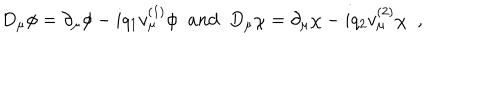
LaTeX: D _ { \mu } \phi = \partial _ { \mu } \phi - i q _ { 1 } v _ { \mu } ^ { ( 1 ) } \phi \; \; a n d \; \; D _ { \mu } \chi = \partial _ { \mu } \chi - i q _ { 2 } v _ { \mu } ^ { ( 2 ) } \chi \; \; ,